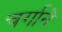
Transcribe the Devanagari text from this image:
चर्गाने